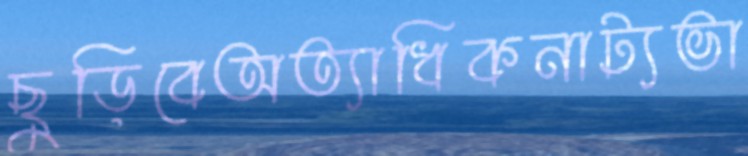
ছুড়িবেঅত্যাধিকনাট্যভা